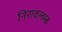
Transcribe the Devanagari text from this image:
निरावलम्ब